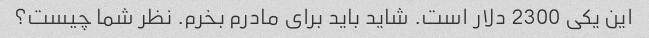
این یکی 2300 دلار است. شاید باید برای مادرم بخرم. نظر شما چیست؟